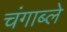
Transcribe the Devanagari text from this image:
चंगाब्ले